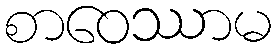
စာဝေဿာမ